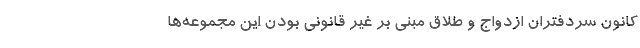
کانون سردفتران ازدواج و طلاق مبنی بر غیر قانونی بودن این مجموعه‌ها